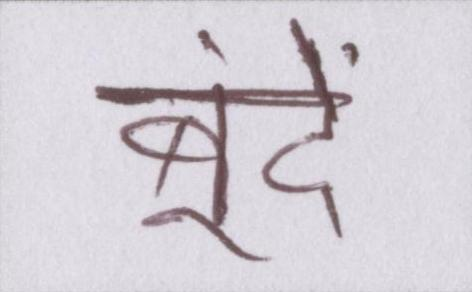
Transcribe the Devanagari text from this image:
बूंदें